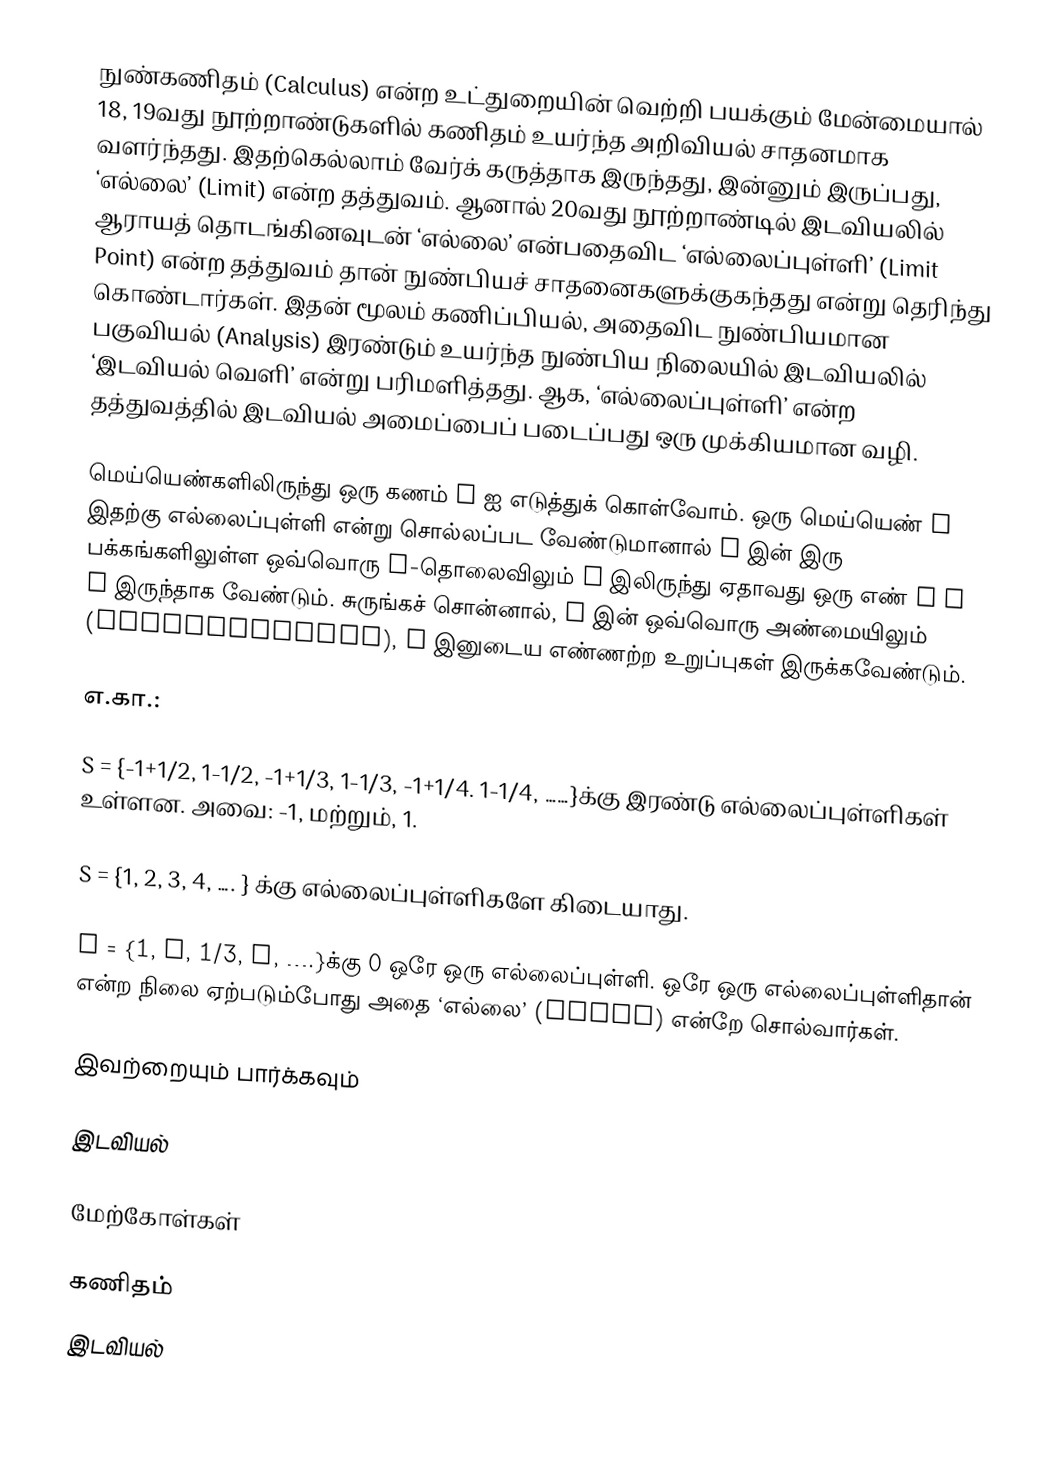
நுண்கணிதம் (Calculus)  என்ற உட்துறையின் வெற்றி பயக்கும் மேன்மையால் 18, 19வது நூற்றாண்டுகளில் கணிதம் உயர்ந்த அறிவியல் சாதனமாக வளர்ந்தது. இதற்கெல்லாம் வேர்க் கருத்தாக இருந்தது, இன்னும் இருப்பது,  ‘எல்லை’ (Limit) என்ற தத்துவம்.  ஆனால் 20வது நூற்றாண்டில் இடவியலில் ஆராயத் தொடங்கினவுடன் ‘எல்லை’ என்பதைவிட  ‘எல்லைப்புள்ளி’ (Limit Point) என்ற தத்துவம் தான் நுண்பியச் சாதனைகளுக்குகந்தது என்று தெரிந்து கொண்டார்கள்.   இதன் மூலம் கணிப்பியல், அதைவிட நுண்பியமான பகுவியல் (Analysis)  இரண்டும்  உயர்ந்த நுண்பிய நிலையில் இடவியலில் ‘இடவியல் வெளி’ என்று பரிமளித்தது.  ஆக, ‘எல்லைப்புள்ளி’ என்ற தத்துவத்தில் இடவியல் அமைப்பைப் படைப்பது ஒரு முக்கியமான வழி.

மெய்யெண்களிலிருந்து ஒரு கணம் S ஐ எடுத்துக் கொள்வோம்.  ஒரு மெய்யெண்  a  இதற்கு எல்லைப்புள்ளி என்று சொல்லப்பட வேண்டுமானால்  a  இன் இரு பக்கங்களிலுள்ள ஒவ்வொரு ε-தொலைவிலும் S  இலிருந்து ஏதாவது ஒரு எண் s ≠ a  இருந்தாக வேண்டும். சுருங்கச் சொன்னால், a இன் ஒவ்வொரு அண்மையிலும் (neighbourhood),  S இனுடைய எண்ணற்ற உறுப்புகள் இருக்கவேண்டும்.

எ.கா.:

S =  {-1+1/2, 1-1/2, -1+1/3, 1-1/3, -1+1/4. 1-1/4, ……}க்கு இரண்டு எல்லைப்புள்ளிகள் உள்ளன. அவை: -1, மற்றும், 1.

S =  {1, 2, 3, 4, ….    } க்கு எல்லைப்புள்ளிகளே கிடையாது.

S = {1, ½, 1/3, ¼, ….}க்கு  0  ஒரே ஒரு எல்லைப்புள்ளி. ஒரே ஒரு எல்லைப்புள்ளிதான் என்ற நிலை ஏற்படும்போது அதை ‘எல்லை’ (Limit)  என்றே சொல்வார்கள்.

இவற்றையும் பார்க்கவும்

இடவியல்

மேற்கோள்கள்

கணிதம்
இடவியல்